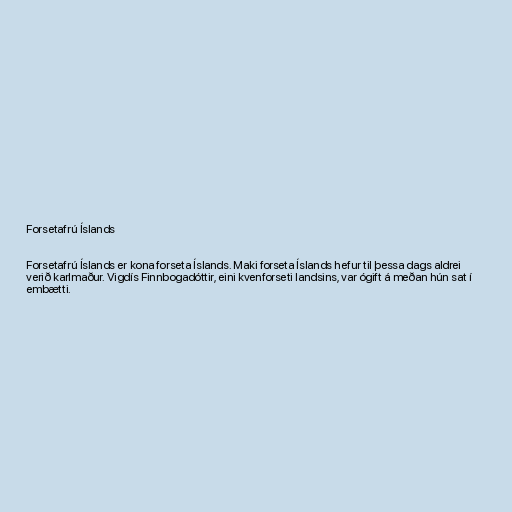
Forsetafrú Íslands

Forsetafrú Íslands er kona forseta Íslands. Maki forseta Íslands hefur til þessa dags aldrei
verið karlmaður. Vigdís Finnbogadóttir, eini kvenforseti landsins, var ógift á meðan hún sat í
embætti.